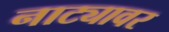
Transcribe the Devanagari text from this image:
नाट्यावर